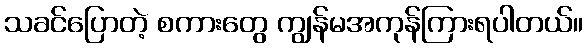
သခင်ပြောတဲ့ စကားတွေ ကျွန်မအကုန်ကြားရပါတယ်။